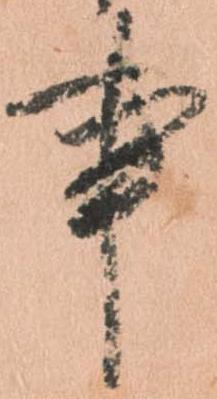
事